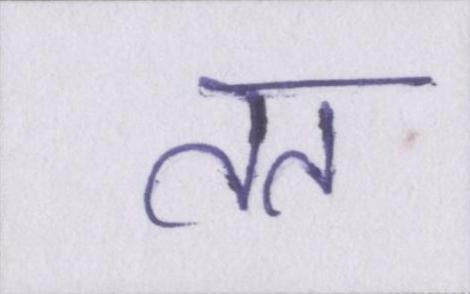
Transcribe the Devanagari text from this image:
तत